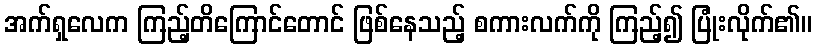
အက်ရှလေက ကြည့်တိကြောင်တောင် ဖြစ်နေသည့် စကားလက်ကို ကြည့်၍ ပြုံးလိုက်၏။